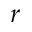
r